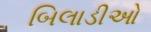
બિલાડીઓ